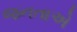
જનતાએ